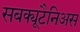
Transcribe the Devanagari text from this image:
सबक्यूटैनिअस